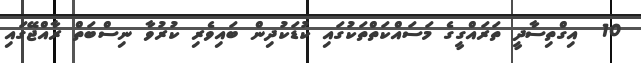
10  އިގްތިސާދީ ތަރައްގީގެ މަސައްކަތްތަކުގައި ކުޑަކުދިން ބައިވެރި ކުރުވާ ނިސްބަތް ރާއްޖޭގައި